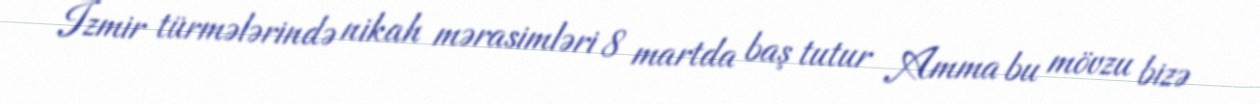
İzmir türmələrində nikah mərasimləri 8 martda baş tutur Amma bu mövzu bizə